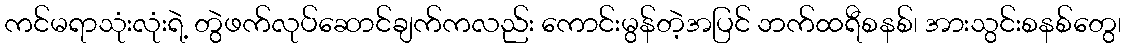
ကင်မရာသုံးလုံးရဲ့ တွဲဖက်လုပ်ဆောင်ချက်ကလည်း ကောင်းမွန်တဲ့အပြင် ဘက်ထရီစနစ်၊ အားသွင်းစနစ်တွေ၊